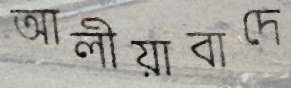
আলীয়াবাদে